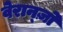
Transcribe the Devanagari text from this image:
वेरान्ज़ो